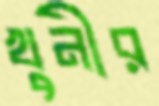
খুনীর